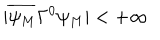
| \overline { { { \psi _ { M } } } } \Gamma ^ { 0 } \psi _ { M } | < + \infty